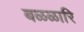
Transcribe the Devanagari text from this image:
बळळारि